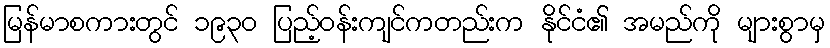
မြန်မာစကားတွင် ၁၉၃၀ ပြည့်ဝန်းကျင်ကတည်းက နိုင်ငံ၏ အမည်ကို များစွာမှ